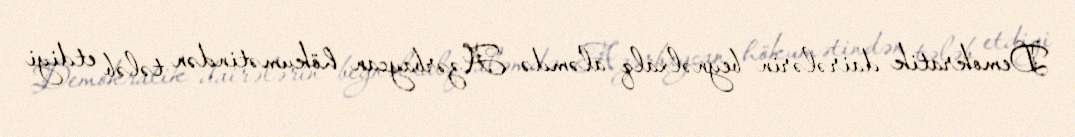
Demokratik dairələrin beynəlxalq aləmdə Azərbaycan hökumətindən tələb etdiyi